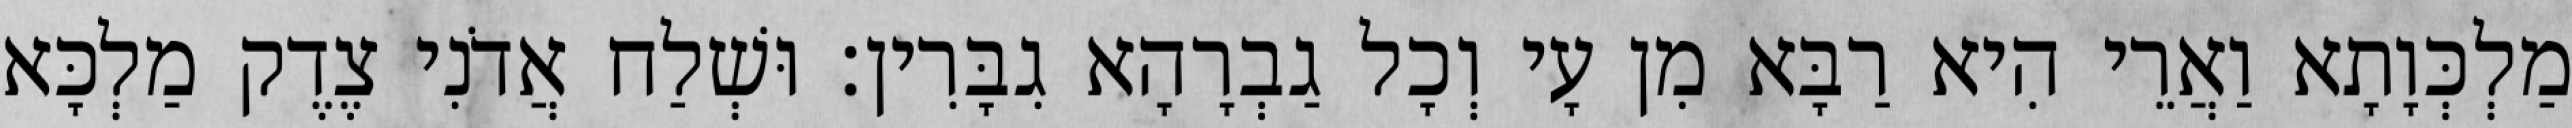
מַלְכְּוָתָא וַאֲרֵי הִיא רַבָּא מִן עָי וְכָל גַבְרָהָא גִבָּרִין׃ וּשְׁלַח אֲדֹנִי צֶדֶק מַלְכָּא